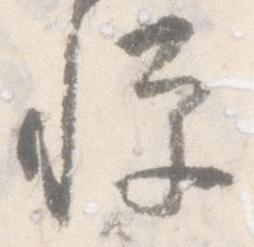
憚